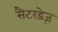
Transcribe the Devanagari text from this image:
सैटरडेज़